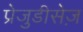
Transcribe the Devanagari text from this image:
प्रेजुडीसेज़